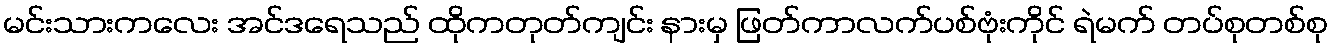
မင်းသားကလေး အင်ဒရေသည် ထိုကတုတ်ကျင်း နားမှ ဖြတ်ကာလက်ပစ်ဗုံးကိုင် ရဲမက် တပ်စုတစ်စု